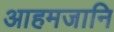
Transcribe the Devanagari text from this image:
आहमजानि